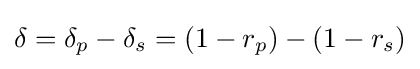
\delta =\delta _{p}-\delta _{s}=(1-r_{p})-(1-r_{s})